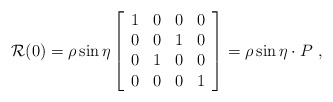
\begin{align*}{\cal R}(0) = \rho \sin \eta\left[\begin{array}{cccc} 1 & 0 & 0 & 0\\ 0 & 0 & 1 & 0\\ 0 & 1 & 0 & 0\\ 0 & 0 & 0 & 1 \end{array} \right]= \rho \sin \eta\cdot P~,\end{align*}